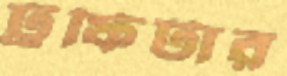
ট্রফিটার